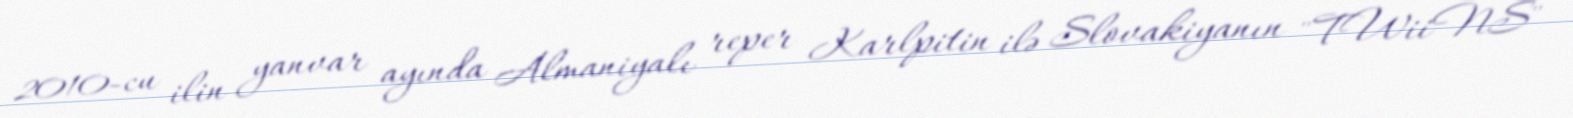
2010-cu ilin yanvar ayında Almaniyalı reper Karlpitin ilə Slovakiyanın "TWiiNS"